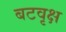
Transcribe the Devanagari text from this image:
बटवृक्ष